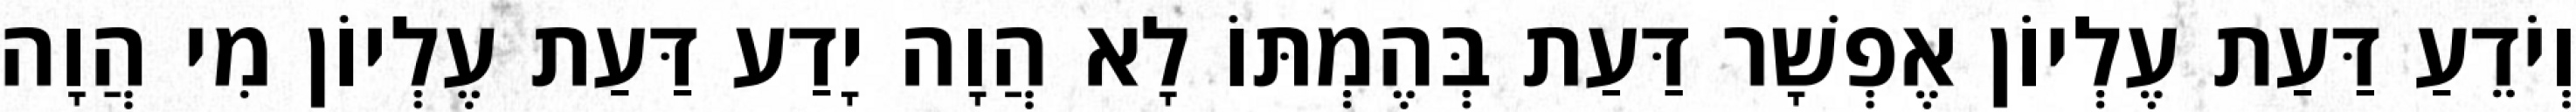
וְיֹדֵעַ דַּעַת עֶלְיוֹן אֶפְשָׁר דַּעַת בְּהֶמְתּוֹ לָא הֲוָה יָדַע דַּעַת עֶלְיוֹן מִי הֲוָה